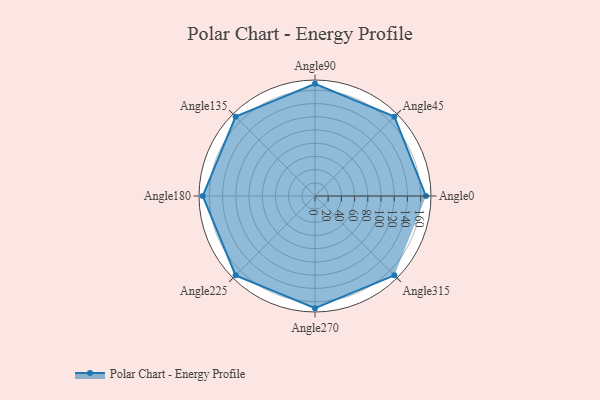
{"axis": {"x": "Angle", "y": "Radius"}, "legend": [""], "data": [{"x": "Angle0", "y": 168.0, "type": ""}, {"x": "Angle45", "y": 170, "type": ""}, {"x": "Angle90", "y": 170, "type": ""}, {"x": "Angle135", "y": 170, "type": ""}, {"x": "Angle180", "y": 170, "type": ""}, {"x": "Angle225", "y": 170, "type": ""}, {"x": "Angle270", "y": 170, "type": ""}, {"x": "Angle315", "y": 170, "type": ""}]}